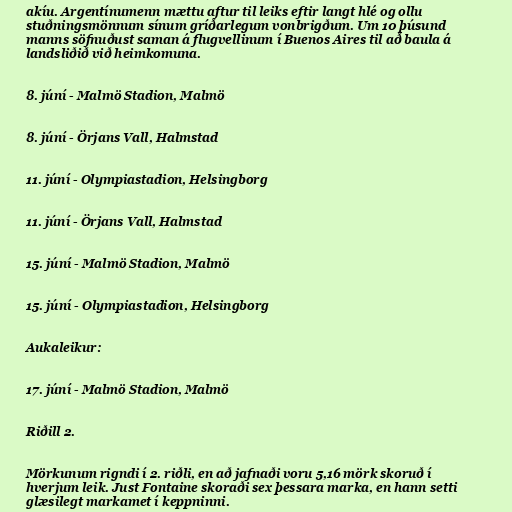
akíu. Argentínumenn mættu aftur til leiks eftir langt hlé og ollu
stuðningsmönnum sínum gríðarlegum vonbrigðum. Um 10 þúsund
manns söfnuðust saman á flugvellinum í Buenos Aires til að baula á
landsliðið við heimkomuna.

8. júní - Malmö Stadion, Malmö

8. júní - Örjans Vall, Halmstad

11. júní - Olympiastadion, Helsingborg

11. júní - Örjans Vall, Halmstad

15. júní - Malmö Stadion, Malmö

15. júní - Olympiastadion, Helsingborg

Aukaleikur:

17. júní - Malmö Stadion, Malmö

Riðill 2.

Mörkunum rigndi í 2. riðli, en að jafnaði voru 5,16 mörk skoruð í
hverjum leik. Just Fontaine skoraði sex þessara marka, en hann setti
glæsilegt markamet í keppninni.